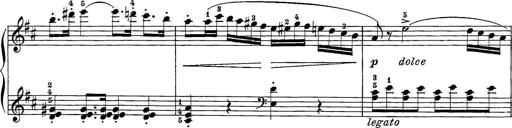
Title: 12 Sonatine per Pianoforte
Composer: Friedrich Kuhlau